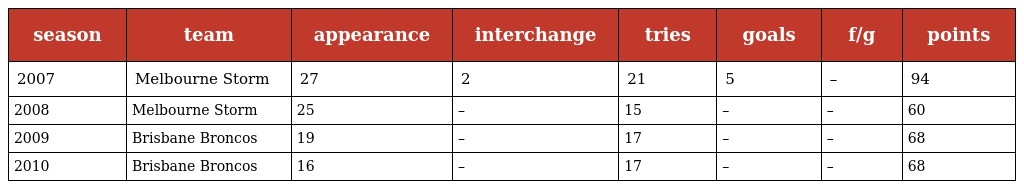
| season | team | appearance | interchange | tries | goals | f/g | points |
 | --- | --- | --- | --- | --- | --- | --- | --- |
 | 2007 | Melbourne Storm | 27 | 2 | 21 | 5 | – | 94 |
 | 2008 | Melbourne Storm | 25 | – | 15 | – | – | 60 |
 | 2009 | Brisbane Broncos | 19 | – | 17 | – | – | 68 |
 | 2010 | Brisbane Broncos | 16 | – | 17 | – | – | 68 |